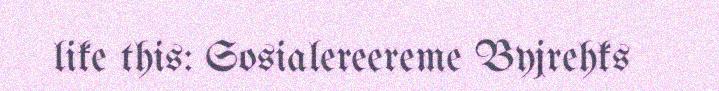
like this: Sosialereereme Byjrehks